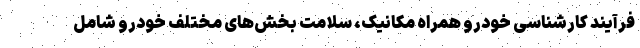
فرآیند کارشناسی خودرو همراه مکانیک، سلامت بخش‌های مختلف خودرو شامل